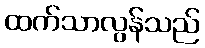
ထက်သာလွန်သည်